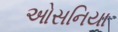
ઓસનિયા